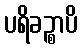
ပရိခဉ္စာပိ